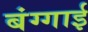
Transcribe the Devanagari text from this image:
बंग्गाई